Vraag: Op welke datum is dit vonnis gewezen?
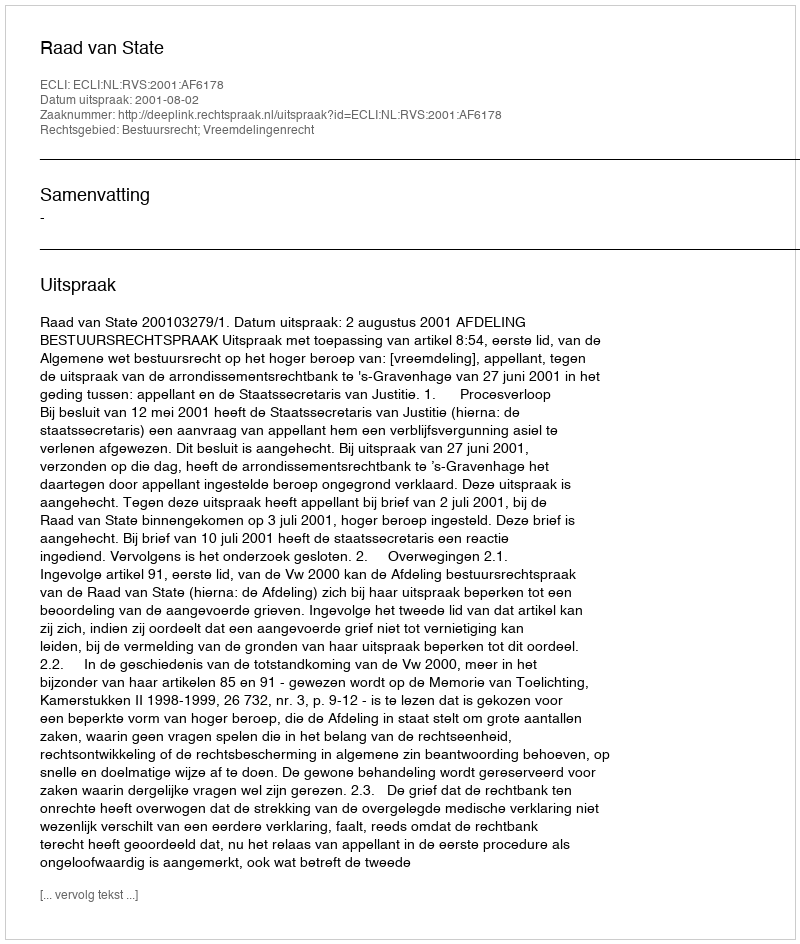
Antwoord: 2001-08-02